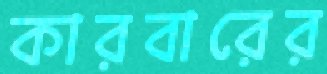
কারবারের